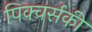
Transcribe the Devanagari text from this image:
पिक्चर्सकी